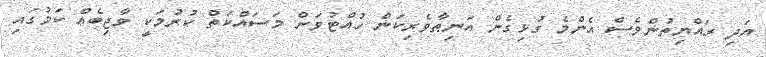
އަދި ރައްޔިތުންވެސް އެންމެ ގުޅިގެން އަނިޠާވެރިކަން ހުއްޓުވަން މަސައްކަތް ކުރުމަކީ ވާޖިބެއް ކަމުގައި